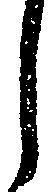
し